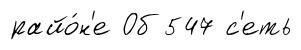
райо́н'е Об 547 с'еть